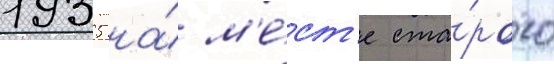
1935 на́ м'е́ст'е ста́рого